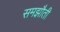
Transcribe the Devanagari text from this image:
समझौती